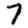
Digit: 7